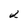
Character: 2